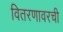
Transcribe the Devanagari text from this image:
वितरणावरची